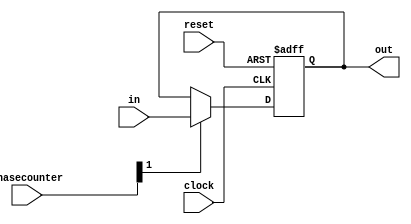
module programcounter (
	input clock,
	input reset,
	input [15:0] in,
	input [4:0] phasecounter,
	output reg [15:0] out
);

	always @(posedge clock or negedge reset) begin
		if (reset == 1'b0) begin
			out <= 16'b0;
		end else if(phasecounter[1] == 1'b1) begin
			out <= in;
		end
	end
endmodule